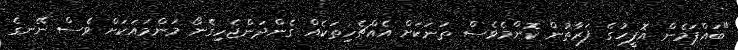
"ބައްޕަމެން އޮފީހުގެ ފަރާތުން ކޮންމެވެސް ތަނަކަށް އެއްޗެހިތަކެއް ގެންދަންޖެހިގެނޯ މަންމައަކަށް ވެސް ނޭނގެ